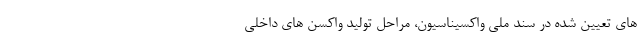
های تعیین شده در سند ملی واکسیناسیون، مراحل تولید واکسن های داخلی